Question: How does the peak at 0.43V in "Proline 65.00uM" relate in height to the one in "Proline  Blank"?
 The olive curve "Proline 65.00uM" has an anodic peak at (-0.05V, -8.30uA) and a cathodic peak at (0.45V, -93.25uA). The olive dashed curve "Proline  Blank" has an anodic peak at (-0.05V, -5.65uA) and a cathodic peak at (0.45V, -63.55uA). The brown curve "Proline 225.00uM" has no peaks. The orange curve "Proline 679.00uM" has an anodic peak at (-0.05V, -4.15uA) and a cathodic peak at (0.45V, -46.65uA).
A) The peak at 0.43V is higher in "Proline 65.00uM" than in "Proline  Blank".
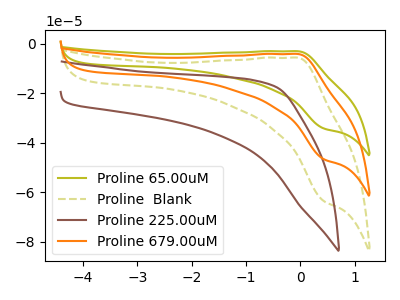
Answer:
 <answer>A) The peak at 0.43V is higher in "Proline 65.00uM" than in "Proline  Blank".</answer>
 <eval>A</eval>